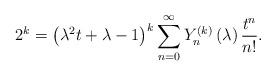
LaTeX: \begin{align*}2^{k}=\left( \lambda ^{2}t+\lambda -1\right) ^{k}\sum_{n=0}^{\infty}Y_{n}^{\left( k\right) }\left( \lambda \right) \frac{t^{n}}{n!}.\end{align*}